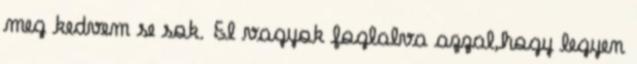
meg kedvem se sok. El vagyok foglalva azzal,hogy legyen